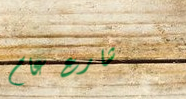
شارع عام